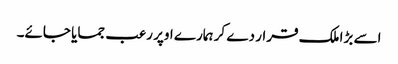
اسے بڑا ملک قرار دے کر ہمارے اوپر رعب جمایا جائے۔